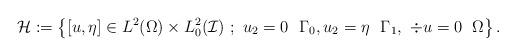
LaTeX: \begin{align*}\mathcal{H} := \left\{\left[u,\eta \right]\in {L}^2(\Omega)\times L^2_0(\mathcal{I})\ ;\ u_2=0 \ \ \Gamma_0, u_2=\eta \ \ \Gamma_1,\ \div u =0 \; \ \Omega \right\}.\end{align*}